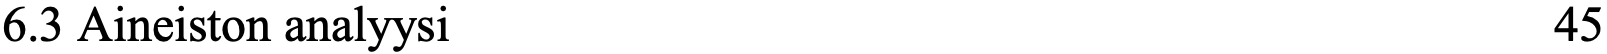
6.3 Aineiston analyysi                              45